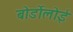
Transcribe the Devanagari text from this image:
बोर्डोलोई